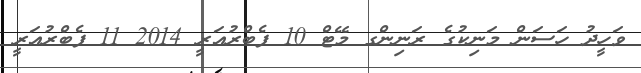
ވަހީދު ހަސަން މަނިކުގެ ރަނިންގ މޭޓް 10 ފެބްރުއަރީ 2014 11 ފެބްރުއަރީ